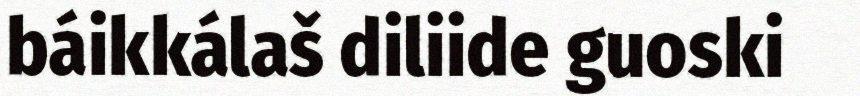
báikkálaš diliide guoski